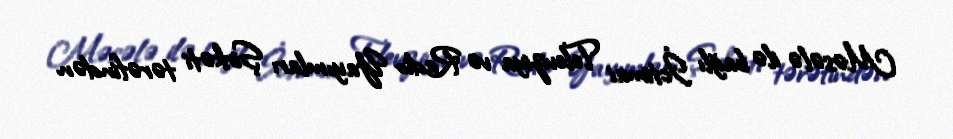
Məsələ ilə bağlı İctimai Televiziya və Radio Yayımları Şirkəti tərəfindən